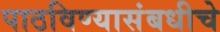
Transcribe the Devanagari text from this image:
पाठविण्यासंबधीचे